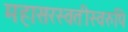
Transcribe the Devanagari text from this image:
महासरस्वतीस्वरुपि